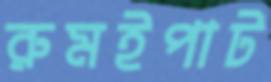
রুমইপাট